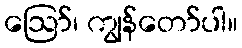
ဩော်၊ ကျွန်တော်ပါ။